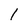
Character: l